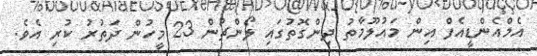
އެމްއެންޑީއެފް އިން މައުލޫމާތު ދިންގޮތުގައި ލޯންޗުން 23 މީހުން ދަތުރު ކުރި އެވެ.